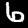
Digit: 6